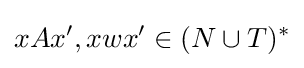
xAx',xwx'\in (N\cup T)^{*}